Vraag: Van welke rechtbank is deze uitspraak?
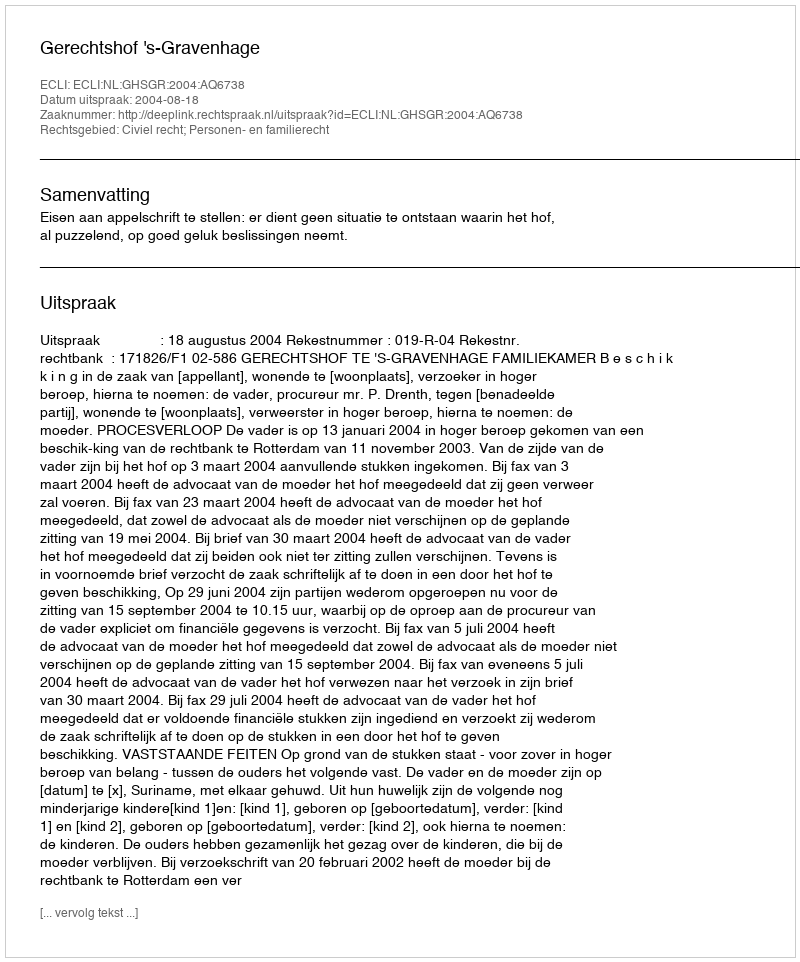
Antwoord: Gerechtshof 's-Gravenhage